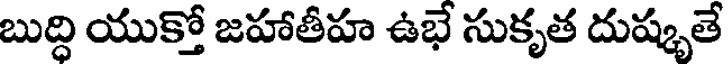
బుద్ధి యుక్తో జహాతీహ ఉభే సుకృత దుష్కృతే